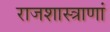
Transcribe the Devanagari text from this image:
राजशास्त्राणां